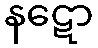
နဋော